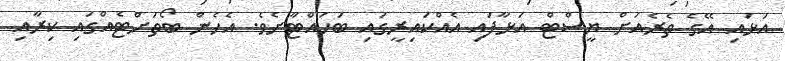
އަޅައި އޭގެ ތެރެއަށް ޔީސްޓް އަޅާފައި އެއްކައިރީގައި ބަހައްޓާށެވެ. އެހެން ބޯތަށްޓެއްގައި ކިރާއި